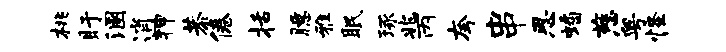
桃盱溷逍狎恭倦括臆雅眠琢兆丙夸串思蟠慈粤怪